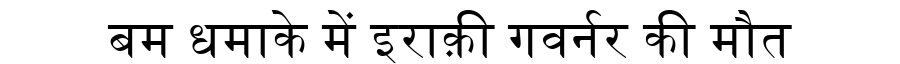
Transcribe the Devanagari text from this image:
बम धमाके में इराक़ी गवर्नर की मौत